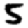
Digit: 5